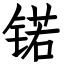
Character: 锘